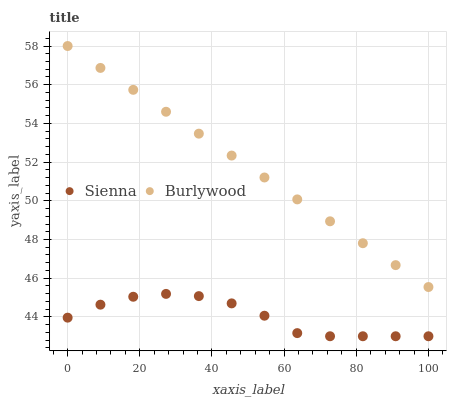
| xaxis_label | Sienna | Burlywood |
 | --- | --- | --- |
 | 0 | 44 | 58 |
 | 9.09 | 44.6 | 56.9 |
 | 18.2 | 45 | 55.7 |
 | 27.3 | 45.2 | 54.6 |
 | 36.4 | 45.1 | 53.5 |
 | 45.5 | 44.7 | 52.3 |
 | 54.5 | 44.1 | 51.2 |
 | 63.6 | 43.2 | 50.1 |
 | 72.7 | 43 | 48.9 |
 | 81.8 | 43 | 47.8 |
 | 90.9 | 43 | 46.7 |
 | 100 | 43 | 45.5 |